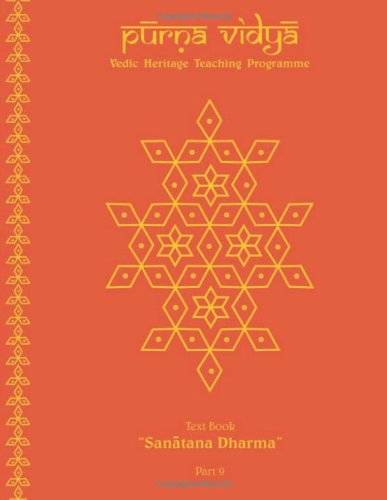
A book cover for Purna Vidya: Sanatana Dharma Text Book (Volume 9); Swamini Pramananda; Religion & Spirituality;